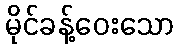
မိုင်ခန့်ဝေးသော